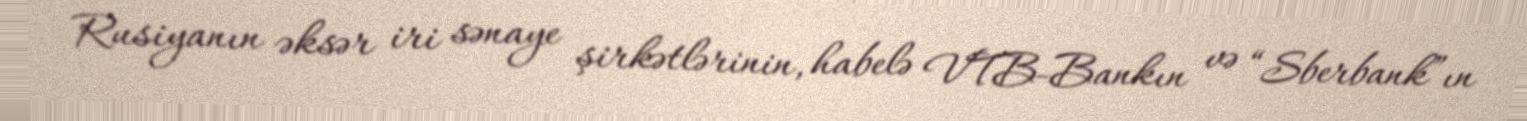
Rusiyanın əksər iri sənaye şirkətlərinin, habelə VTB-Bankın və “Sberbank”ın